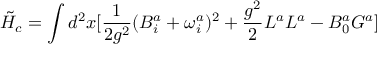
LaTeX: \tilde { H } _ { c } = \int d ^ { 2 } x [ \frac { 1 } { 2 g ^ { 2 } } ( B _ { i } ^ { a } + \omega _ { i } ^ { a } ) ^ { 2 } + \frac { g ^ { 2 } } { 2 } L ^ { a } L ^ { a } - B _ { 0 } ^ { a } G ^ { a } ]